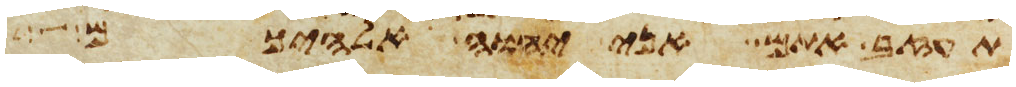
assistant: תעזב אתם אני יהוה אלהיכם